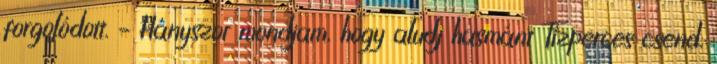
forgolódott. – Hányszor mondjam, hogy aludj hasmánt Tízperces csend.